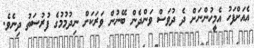
އެއަށްފަހު އެމީހުންނަށް ދެ ދުވަސް ވަންދެން ބޭނުން ވަރަކަށް ނިދުމުމުގެ ފުރުސަތު ދިނެވެ.